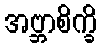
အဗ္ဘာစိက္ခိ